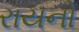
રાયનો